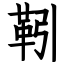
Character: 靷